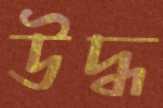
উদ্ধ